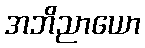
အဘိညာယော